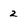
Character: z